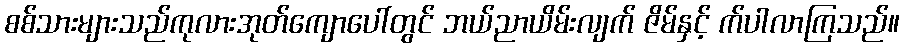
စစ်သားများသည်ကုလားအုတ်ကျောပေါ်တွင် ဘယ်ညာယိမ်းလျက် ဇိမ်နှင့် က်ပါလာကြသည်။